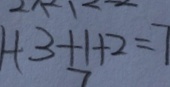
1 + 3 + 1 + 2 = 7